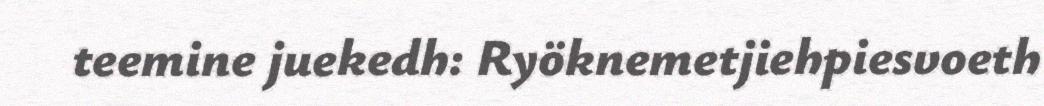
teemine juekedh: Ryöknemetjiehpiesvoeth